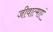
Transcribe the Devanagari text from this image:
जीवात्माएं